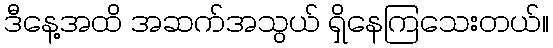
ဒီနေ့အထိ အဆက်အသွယ် ရှိနေကြသေးတယ်။